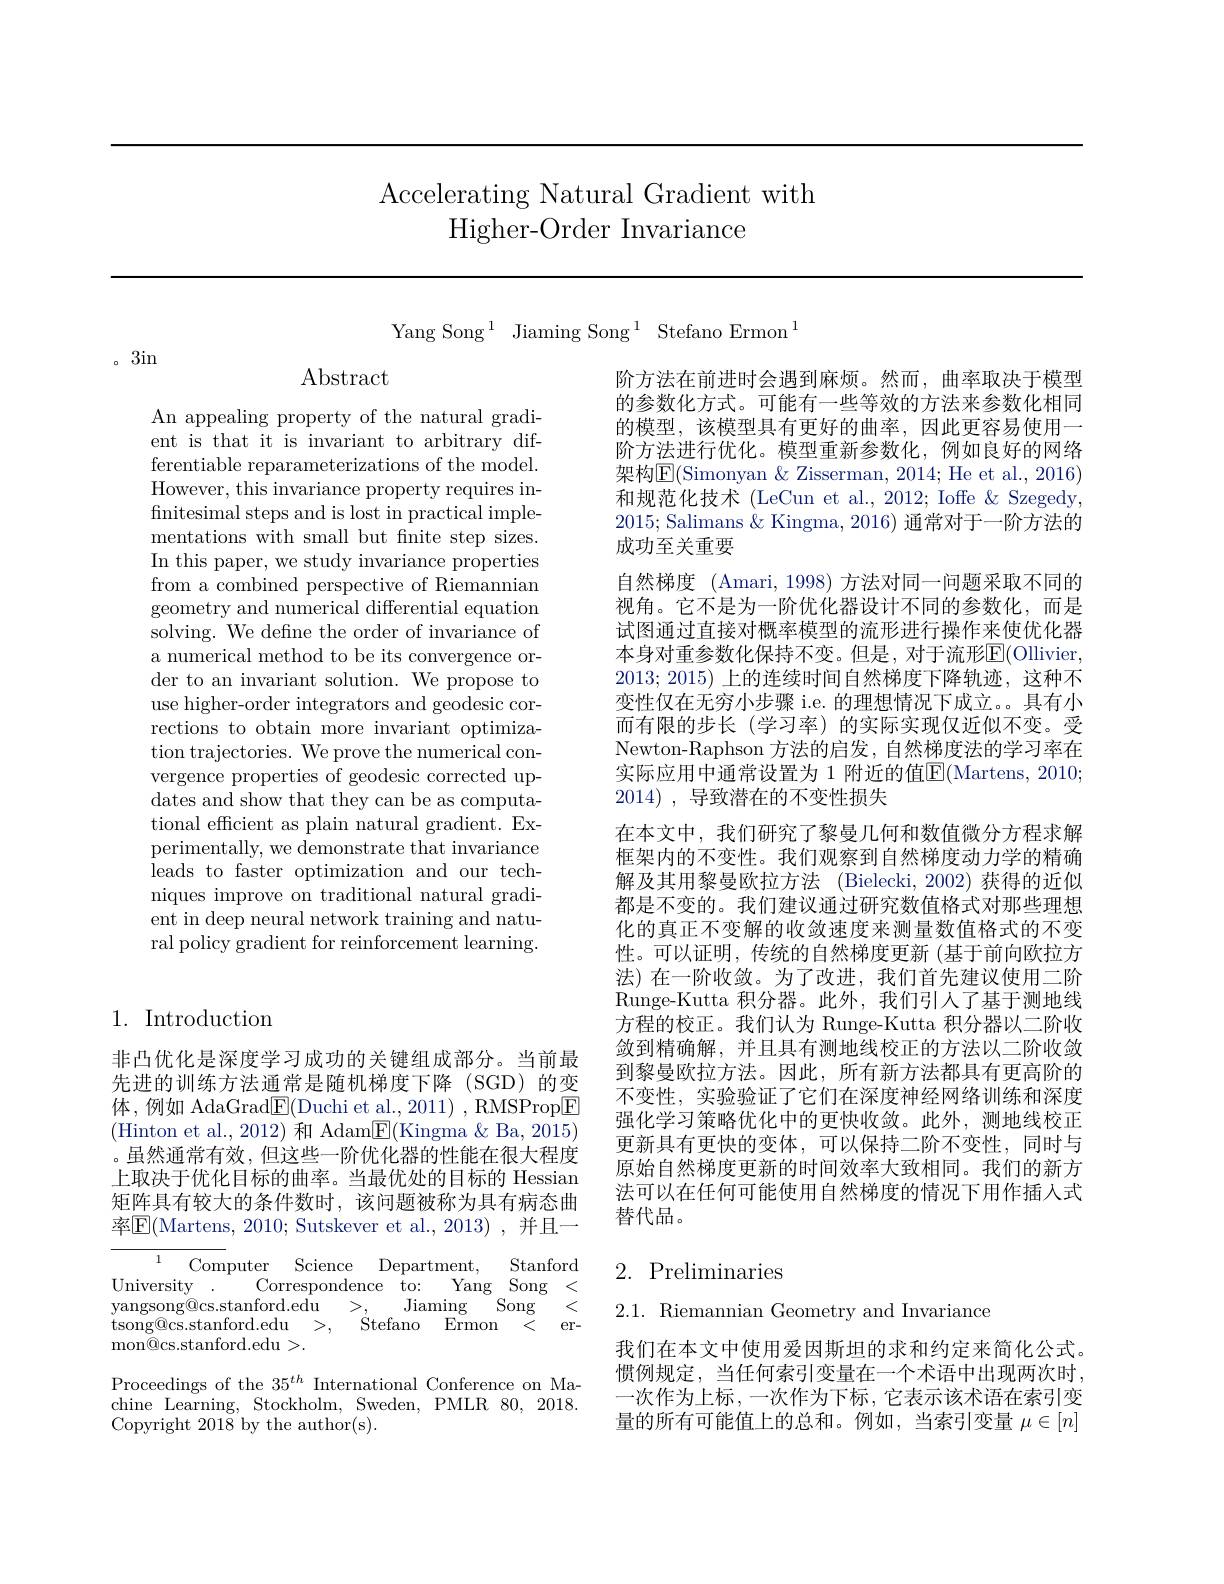
# Accelerating Natural Gradient with Higher-Order Invariance

Yang Song$^1$Jiaming Song$^1$Stefano Ermon$^1$

。3in

Abstract

An appealing property of the natural gradient is that it is invariant to arbitrary differentiable reparameterizations of the model. However, this invariance property requires infinitesimal steps and is lost in practical implementations with small but fnite step sizes. In this paper, we study invariance properties from a combined perspective of Riemannian geometry and numerical differential equation solving. We define the order of invariance of a numerical method to be its convergence order to an invariant solution. We propose to use higher-order integrators and geodesic corrections to obtain more invariant optimization trajectories. We prove the numerical convergence properties of geodesic corrected updates and show that they can be as computational efficient as plain natural gradient. Experimentally, we demonstrate that invariance leads to faster optimization and our techniques improve on traditional natural gradient in deep neural network training and natural policy gradient for reinforcement learning.

## 1. Introduction

非凸优化是深度学习成功的关键组成部分。当前最先进的训练方法通常是随机梯度下降(SGD)的变体，例如 AdaGrad$\underline{\mathrm{E}}($Duchi et al.,2011), RMSProp$\underline{\mathrm{E}}$ (Hinton et al., 2012) 和 Adam$\underline{\mathrm{E}}($Kingma &Ba, 2015) 。虽然通常有效，但这些一阶优化器的性能在很大程度上取决于优化目标的曲率。当最优处的目标的 Hessian 矩阵具有较大的条件数时，该问题被称为具有病态曲率$\boxed{\mathrm{F}}($Martens, 2010; Sutskever et al., 2013), 并且一

${\overline{{^{1}}}}_{{^{..}}}$Computer Science Department,
Stanford
University .
Correspondence $\hat{\text{to:}}$
Yang Song <
Jiaming
${\mathrm{Song}}$ ${\dot{< } }$
yangsong@cs.stanford.edu $> _{\underline {\alpha }}$
${\mathrm{Stefano}}{{\mathrm{Ermon}}}{{\bar{<}}{\mathrm{er-}}}$
$\operatorname { tsong@ cs. stanford. edu}$ >,
mon@ cs. stanford. edu> .
Proceedings of the $35^{th}$ International Conference on Machine Learning, Stockholm, Sweden, PMLR 80, 2018. Copyright 2018 by the author(s).

阶方法在前进时会遇到麻烦。然而，曲率取决于模型的参数化方式。可能有一些等效的方法来参数化相同的模型，该模型具有更好的曲率，因此更容易使用一阶方法进行优化。模型重新参数化，例如良好的网络架构E(Simonyan & Zisserman, 2014; He et al., 2016) 和规范化技术 (LeCun et al., 2012; Ioffe & Szegedy, 2015; Salimans & Kingma, 2016) 通常对于一阶方法的成功至关重要
自然梯度 (Amari, 1998) 方法对同一问题采取不同的视角。它不是为一阶优化器设计不同的参数化，而是试图通过直接对概率模型的流形进行操作来使优化器本身对重参数化保持不变。但是，对于流形E(Ollivier, 2013;2015)上的连续时间自然梯度下降轨迹，这种不变性仅在无穷小步骤 i.e. 的理想情况下成立。具有小而有限的步长(学习率)的实际实现仅近似不变。受Newton- Raphson 方 法 的 启 发 , 自 然 梯 度 法 的 学 习 率 在 实际应用中通常设置为 1 附近的值E(Martens, 2010; 2014) , ${\text{导 致 潜 在 的 不 变 性 损 失 }}$
在本文中，我们研究了黎曼几何和数值微分方程求解框架内的不变性。我们观察到自然梯度动力学的精确解及其用黎曼欧拉方法 (Bielecki, 2002) 获得的近似都是不变的。我们建议通过研究数值格式对那些理想化的真正不变解的收敛速度来测量数值格式的不变性。可以证明，传统的自然梯度更新 (基于前向欧拉方法) 在一阶收敛。为了改进，我们首先建议使用二阶Runge-Kutta 积分器。此外，我们引人了基于测地线$\bar{\text{方程的校正。我们认为 Runge-Kutta 积分器以二阶收}}$ 敛到精确解，并且具有测地线校正的方法以二阶收敛到黎曼欧拉方法。因此，所有新方法都具有更高阶的不变性，实验验证了它们在深度神经网络训练和深度强化学习策略优化中的更快收敛。此外，测地线校正更新具有更快的变体，可以保持二阶不变性，同时与原始自然梯度更新的时间效率大致相同。我们的新方法可以在任何可能使用自然梯度的情况下用作插人式替代品。

## 2. Preliminaries

2.1. Riemannian Geometry and Invariance

我们在本文中使用爱因斯坦的求和约定来简化公式。惯例规定，当任何索引变量在一个术语中出现两次时， 一次作为上标，一次作为下标，它表示该术语在索引变量的所有可能值上的总和。例如，当索引变量$\mu\in[n]$